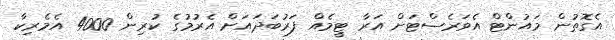
އެގޮތުން މައުންޓް އެވަރެސްޓަށް އަރާ ޓީމެއް ފަރުބަދައަށް އެރުމުގެ ކުރިން 4000 އެމެރިކާ